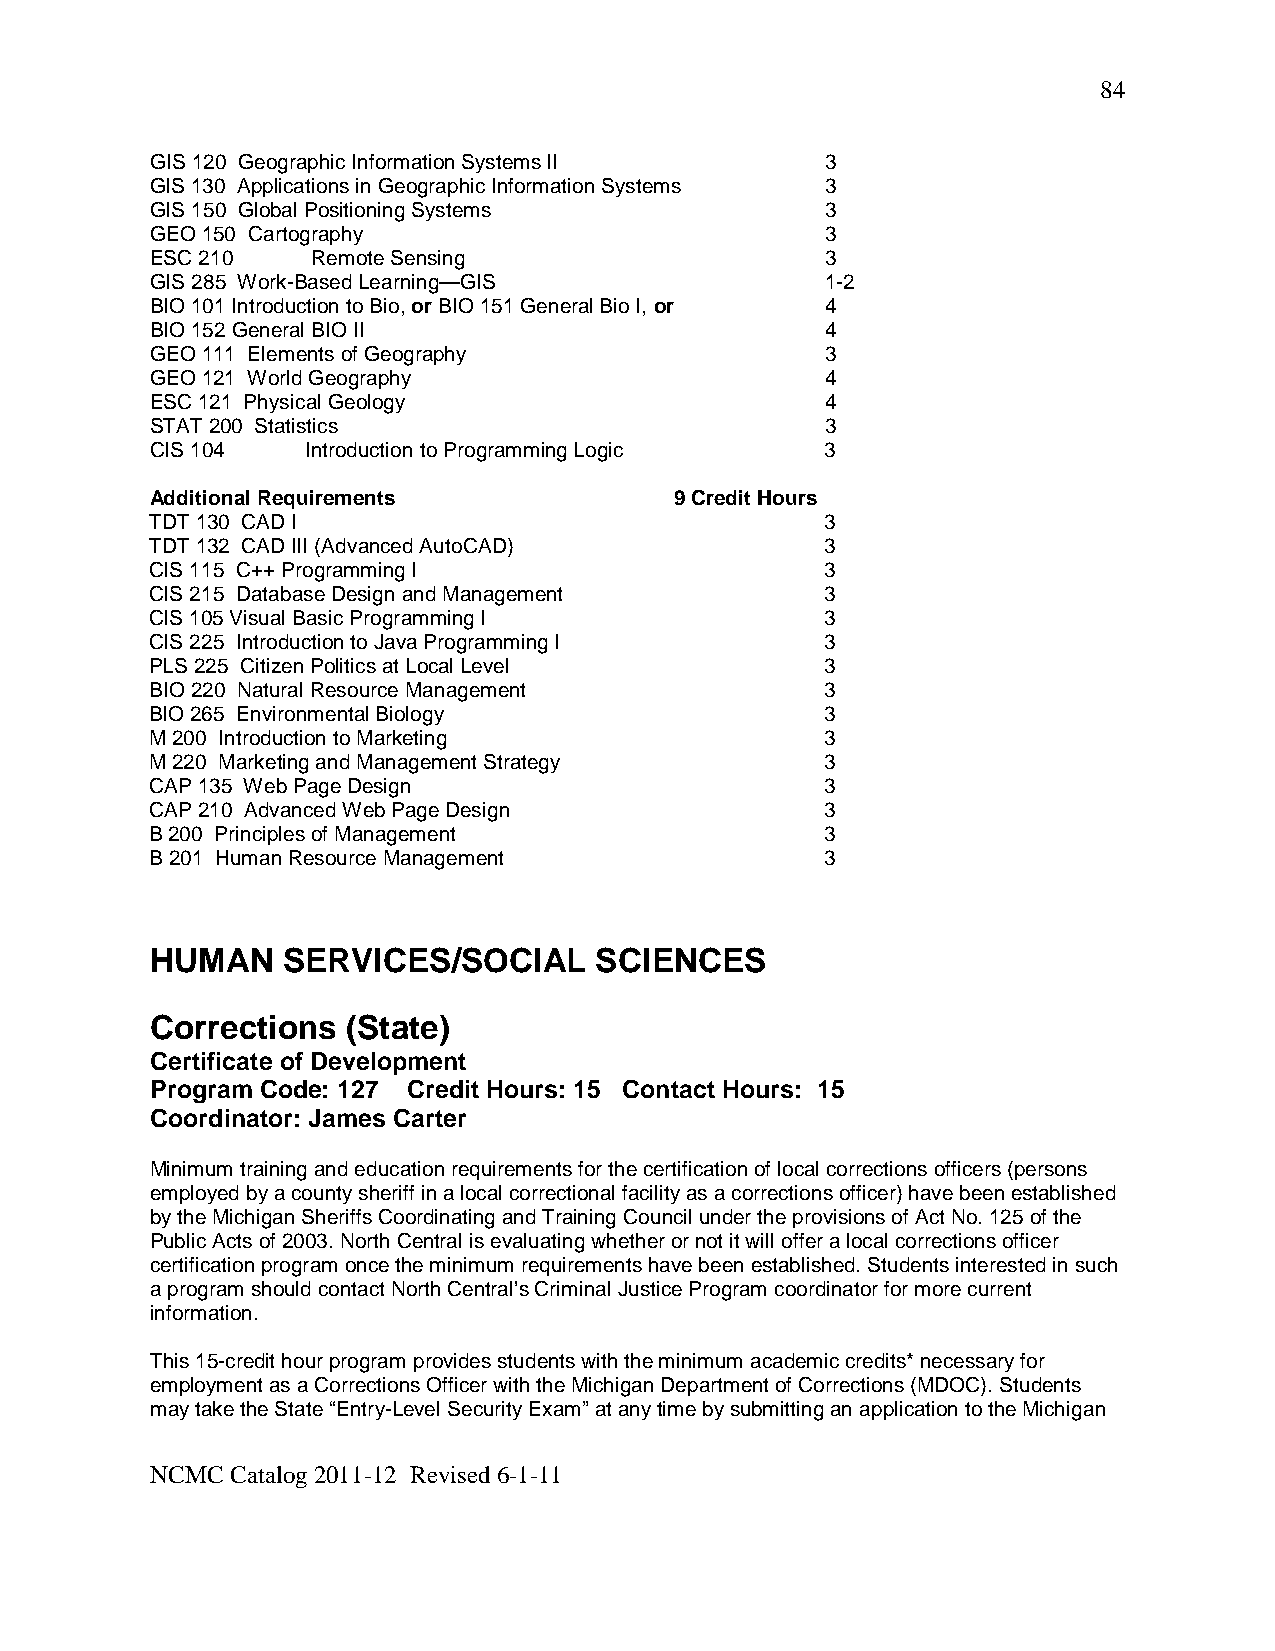
84
 GIS 120 Geographic Information Systems II    3
 GIS 130 Applications in Geographic Information Systems 3
 GIS 150 Global Positioning Systems           3
 GEO 150 Cartography                          3
 ESC 210    Remote Sensing                    3
 GIS 285 Work-Based Learning—GIS              1-2
 BIO 101 Introduction to Bio, or BIO 151 General Bio I, or 4
 BIO 152 General BIO II                       4
 GEO 111 Elements of Geography                3
 GEO 121 World Geography                      4
 ESC 121 Physical Geology                     4
 STAT 200 Statistics                          3
 CIS 104   Introduction to Programming Logic  3
 Additional Requirements            9 Credit Hours
 TDT 130 CAD I                                3
 TDT 132 CAD III (Advanced AutoCAD)           3
 CIS 115 C++ Programming I                    3
 CIS 215 Database Design and Management       3
 CIS 105 Visual Basic Programming I           3
 CIS 225 Introduction to Java Programming I   3
 PLS 225 Citizen Politics at Local Level      3
 BIO 220 Natural Resource Management          3
 BIO 265 Environmental Biology                3
 M 200 Introduction to Marketing              3
 M 220 Marketing and Management Strategy      3
 CAP 135 Web Page Design                      3
 CAP 210 Advanced Web Page Design             3
 B 200 Principles of Management               3
 B 201 Human Resource Management              3
 HUMAN    SERVICES/SOCIAL     SCIENCES
 Corrections  (State)
 Certificate of Development
 Program Code: 127 Credit Hours: 15 Contact Hours: 15
 Coordinator: James Carter
 Minimum training and education requirements for the certification of local corrections officers (persons
 employed by a county sheriff in a local correctional facility as a corrections officer) have been established
 by the Michigan Sheriffs Coordinating and Training Council under the provisions of Act No. 125 of the
 Public Acts of 2003. North Central is evaluating whether or not it will offer a local corrections officer
 certification program once the minimum requirements have been established. Students interested in such
 a program should contact North Central’s Criminal Justice Program coordinator for more current
 information.
 This 15-credit hour program provides students with the minimum academic credits* necessary for
 employment as a Corrections Officer with the Michigan Department of Corrections (MDOC). Students
 may take the State “Entry-Level Security Exam” at any time by submitting an application to the Michigan
 NCMC Catalog 2011-12 Revised 6-1-11